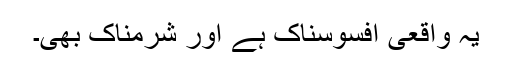
یہ واقعی افسوسناک ہے اور شرمناک بھی۔